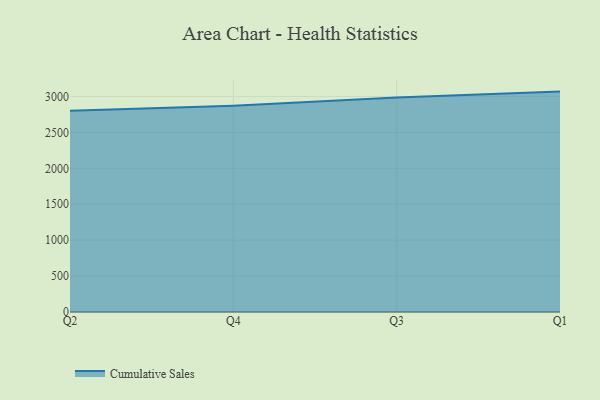
{"axis": {"x": "Quarter", "y": "Website Visitors"}, "legend": ["Cumulative Sales"], "data": [{"x": "Q2", "y": 2801.9, "type": "Cumulative Sales"}, {"x": "Q4", "y": 2869.9, "type": "Cumulative Sales"}, {"x": "Q3", "y": 2986.8, "type": "Cumulative Sales"}, {"x": "Q1", "y": 3068.3, "type": "Cumulative Sales"}]}